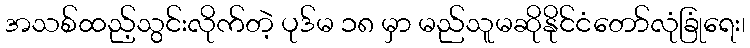
အသစ်ထည့်သွင်းလိုက်တဲ့ ပုဒ်မ ၁၈ မှာ မည်သူမဆိုနိုင်ငံတော်လုံခြုံရေး၊